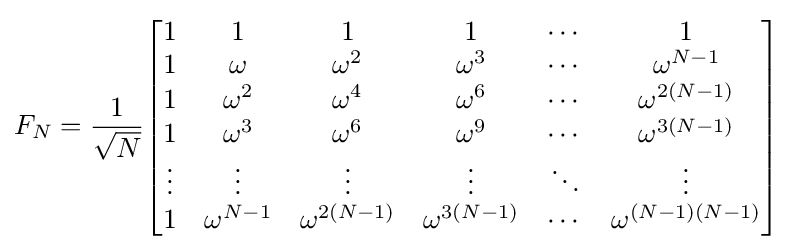
F_{N}={\frac {1}{\sqrt {N}}}{\begin{bmatrix}1&1&1&1&\cdots &1\\1&\omega &\omega ^{2}&\omega ^{3}&\cdots &\omega ^{N-1}\\1&\omega ^{2}&\omega ^{4}&\omega ^{6}&\cdots &\omega ^{2(N-1)}\\1&\omega ^{3}&\omega ^{6}&\omega ^{9}&\cdots &\omega ^{3(N-1)}\\\vdots &\vdots &\vdots &\vdots &\ddots &\vdots \\1&\omega ^{N-1}&\omega ^{2(N-1)}&\omega ^{3(N-1)}&\cdots &\omega ^{(N-1)(N-1)}\end{bmatrix}}